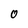
Character: O